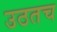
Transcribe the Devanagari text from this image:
उठतच